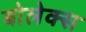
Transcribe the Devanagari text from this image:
बोलेक्स